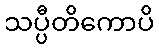
သပ္ပီတိကောပိ